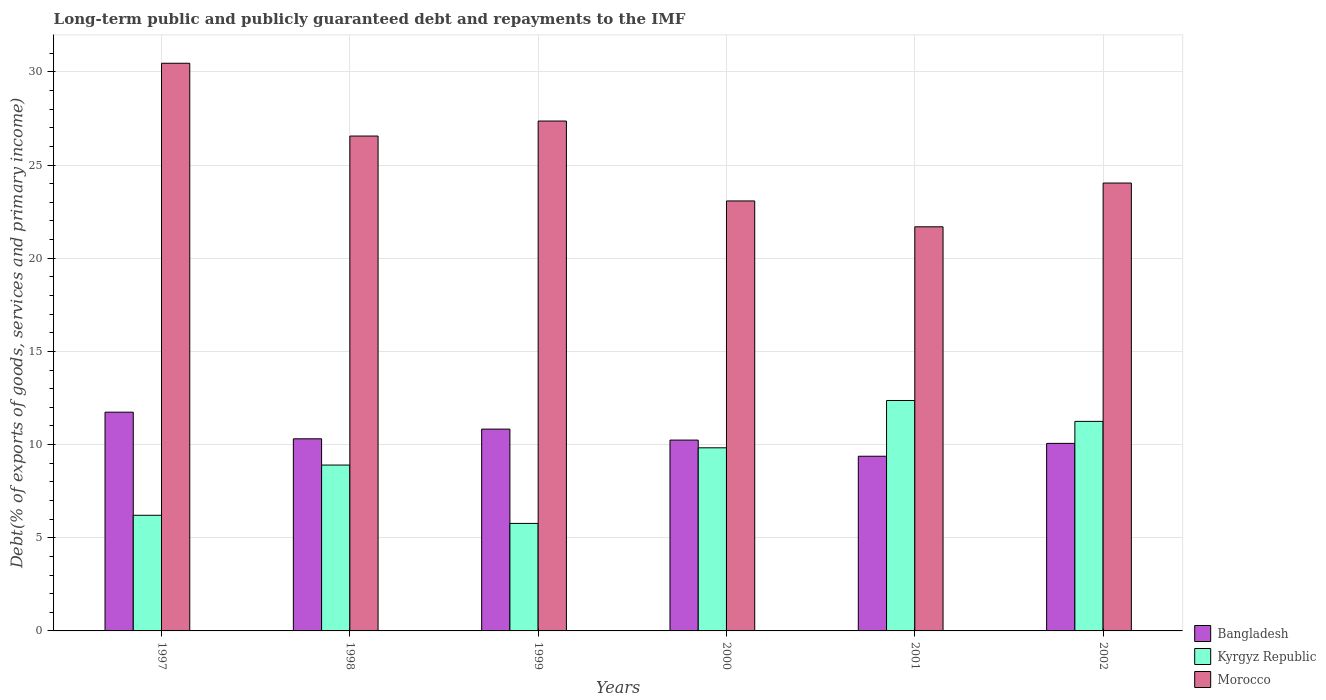
| Years | Bangladesh | Kyrgyz Republic | Morocco |
 | --- | --- | --- | --- |
 | 1997 | 11.7 | 6.21 | 30.5 |
 | 1998 | 10.3 | 8.9 | 26.6 |
 | 1999 | 10.8 | 5.77 | 27.4 |
 | 2000 | 10.2 | 9.83 | 23.1 |
 | 2001 | 9.37 | 12.4 | 21.7 |
 | 2002 | 10.1 | 11.2 | 24 |